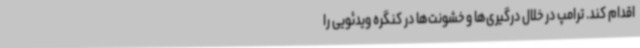
اقدام کند. ترامپ در خلال درگیری‌ها و خشونت‌ها در کنگره ویدئویی را